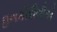
ઇનકૌરીગીએ